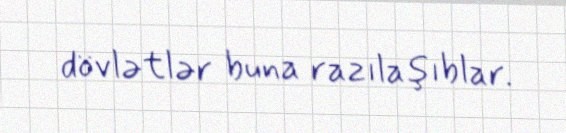
dövlətlər buna razılaşıblar.